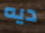
ديه